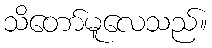
သိတော်မူလေသည်။